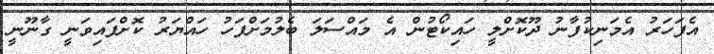
އެފަހަރު އެމަނިކުފާނު ދޫކޮށްލީ ހައިކޯޓުން އެ މައްސަލަ ބެލުމަށްފަހު ހައްޔަރު ކޮށްފައިވަނީ ގާނޫނީ